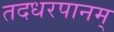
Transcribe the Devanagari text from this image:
तदधरपानम्